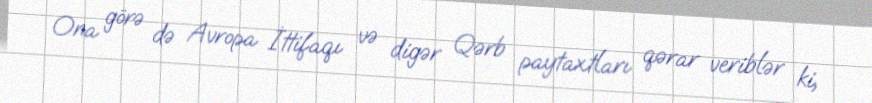
Ona görə də Avropa İttifaqı və digər Qərb paytaxtları qərar veriblər ki,